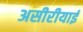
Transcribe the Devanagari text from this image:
असीरीयाई